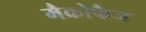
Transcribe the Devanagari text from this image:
मैक्रोफैज